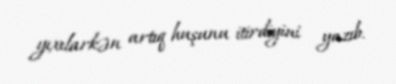
yıxılarkən artıq huşunu itirdiyini yazıb.